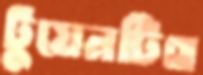
টুয়েনটিথ